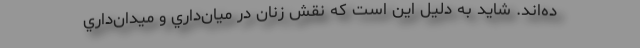
ده‌اند. شايد به دليل اين است كه نقش زنان در ميان‌داري و ميدان‌‌داري